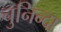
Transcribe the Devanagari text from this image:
चुनिन्‍दा